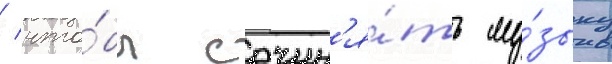
/ что́бы сочин'я́ть му́зыку